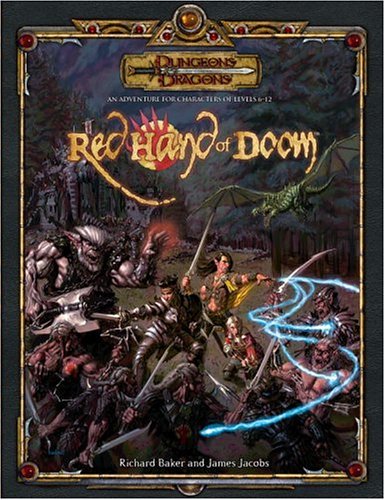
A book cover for The Red Hand of Doom (Dungeons & Dragons d20 3.5 Fantasy Roleplaying Adventure); James Jacobs; Science Fiction & Fantasy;